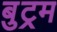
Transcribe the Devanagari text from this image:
बुट्रम